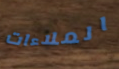
الملاءات